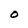
Character: O